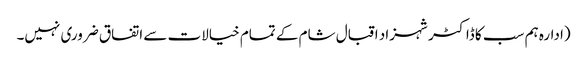
(ادارہ ہم سب کا ڈاکٹر شہزاد اقبال شام کے تمام خیالات سے اتفاق ضروری نہیں۔